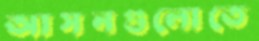
আসনগুলোতে